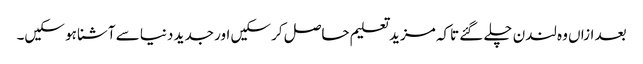
بعد ازاں وہ لندن چلے گئے تاکہ مزید تعلیم حاصل کر سکیں اور جدید دنیا سے آشنا ہو سکیں۔